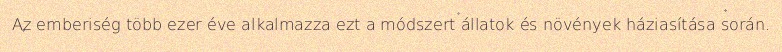
Az emberiség több ezer éve alkalmazza ezt a módszert állatok és növények háziasítása során.